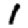
Digit: 1